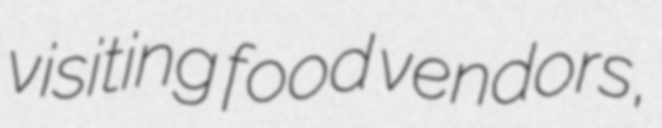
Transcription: visiting food vendors,